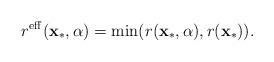
LaTeX: \begin{align*}r^{\mathrm{eff}}(\mathbf{x}_{*},\alpha) & =\min(r(\mathbf{x}_{*},\alpha),r(\mathbf{x}_{*})).\end{align*}